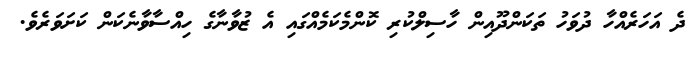
ދެ އަހަރެއްހާ ދުވަހު ތަކަންދޫއިން ހާސިލްކުރި ކޮންމެކަމެއްގައި އެ ޒުވާނާގެ ހިއްސާވާނެކަން ކަށަވަރެވެ.